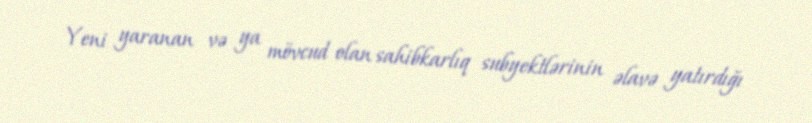
Yeni yaranan və ya mövcud olan sahibkarlıq subyektlərinin əlavə yatırdığı